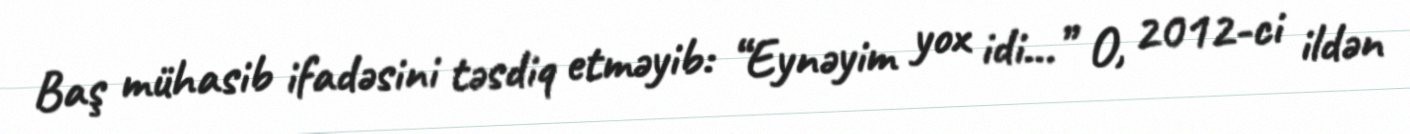
Baş mühasib ifadəsini təsdiq etməyib: “Eynəyim yox idi…” O, 2012-ci ildən